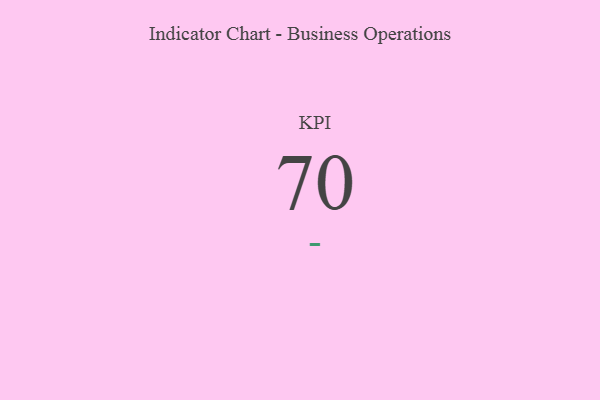
{"axis": {"x": "KPI", "y": "Value"}, "legend": [""], "data": [{"x": "KPI", "y": 70, "type": ""}]}